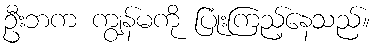
ဦးဘက ကျွန်မကို ပြုံးကြည့်နေသည်။